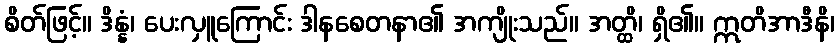
စိတ်ဖြင့်။ ဒိန္နံ၊ ပေးလှူကြောင်း ဒါနစေတနာ၏ အကျိုးသည်။ အတ္ထိ၊ ရှိ၏။ ဣတိအာဒီနိ၊